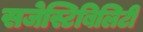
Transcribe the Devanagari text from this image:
सजेस्टिबिलिटी